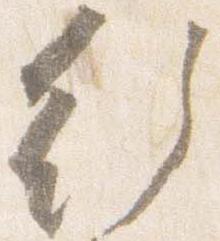
行